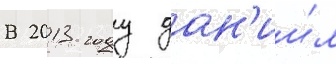
В 2013 году дан'ии́л